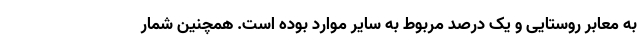
به معابر روستایی و یک درصد مربوط به سایر موارد بوده است. همچنین شمار